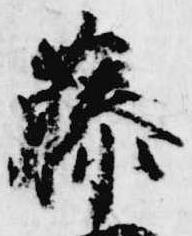
藤